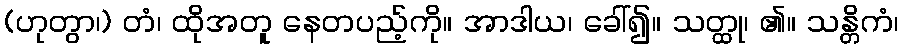
(ဟုတွာ၊) တံ၊ ထိုအတူ နေတပည့်ကို။ အာဒါယ၊ ခေါ်၍။ သတ္ထု၊ ၏။ သန္တိကံ၊